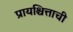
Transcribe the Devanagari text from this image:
प्रायश्चित्ताची